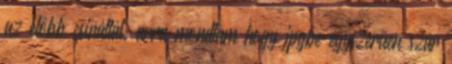
az előbb csináltál. arra mondtam hogy jpgbe egyszerűen szar